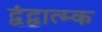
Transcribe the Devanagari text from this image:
द्वंद्वात्म्क